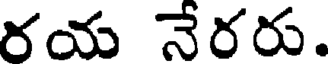
రయ నేరరు.